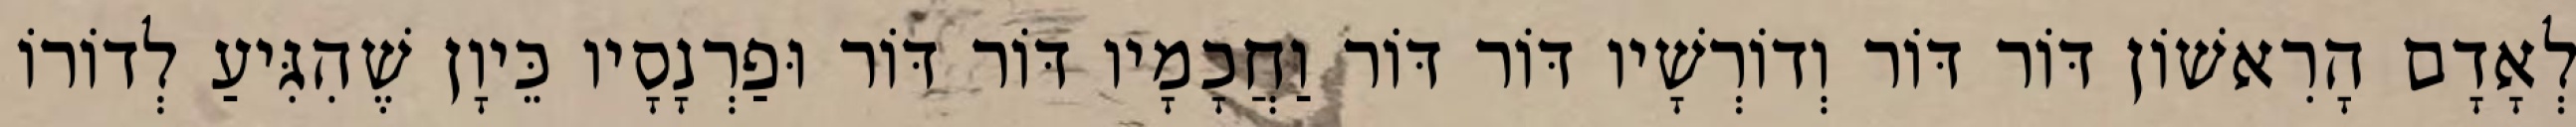
לְאָדָם הָרִאשׁוֹן דּוֹר דּוֹר וְדוֹרְשָׁיו דּוֹר דּוֹר וַחֲכָמָיו דּוֹר דּוֹר וּפַרְנָסָיו כֵּיוָן שֶׁהִגִּיעַ לְדוֹרוֹ